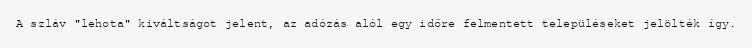
A szláv "lehota" kiváltságot jelent, az adózás alól egy időre felmentett településeket jelölték így.